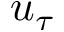
u _ { \tau }